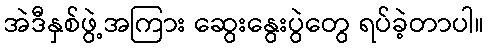
အဲဒီနှစ်ဖွဲ့အကြား ဆွေးနွေးပွဲတွေ ရပ်ခဲ့တာပါ။